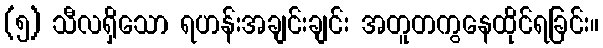
(၅) သီလရှိသော ရဟန်းအချင်းချင်း အတူတကွနေထိုင်ရခြင်း။